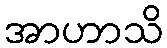
အာဟာသိ